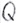
Text: Q